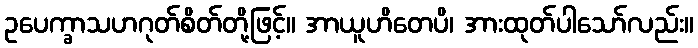
ဥပေက္ခာသဟဂုတ်စိတ်တို့ဖြင့်။ အာယူဟိတေပိ၊ အားထုတ်ပါသော်လည်း။